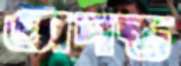
অদন্ত